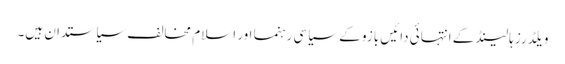
ویلڈرز ہالینڈ کے انتہائی دائیں بازو کے سیاسی رہنما اور اسلام مخالف سیاستدان ہیں۔